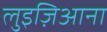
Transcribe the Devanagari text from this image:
लुइज़िआना